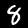
Digit: 8